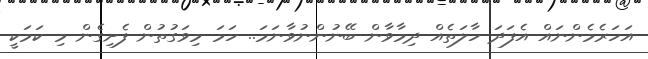
އަހަރެމެންނައް އެފަދަ ހާލަތެއް ދިމާވާން ބޭނުންނުވާނަމަ.. ހަމަ މިވަގުތުން ފެށިގެން މި ކަމަކީ